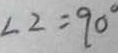
\angle 2 = 9 0 ^ { \circ }